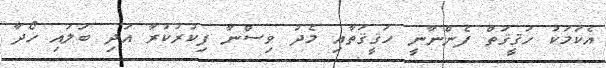
އެކަމަކު ހަޤީޤަތް ފެންނާނީ ހަޤީޤަތާއި މެދު ވިސްނާ ފިކުރުކުރާ އަދި ބަލައި ހޯދާ